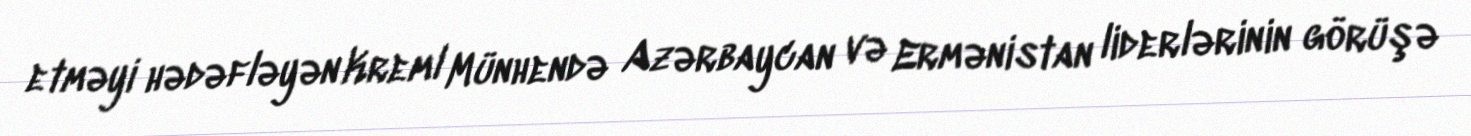
etməyi hədəfləyən Kreml Münhendə Azərbaycan və Ermənistan liderlərinin görüşə